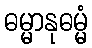
ဓမ္မာနုဓမ္မံ